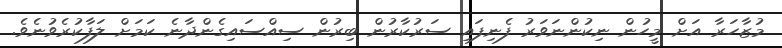
މުޒާހަރާ އަށް މީހުން ނިކުންނަވަރު ފެނިފައި ސަރުކާރުން ބިރުން ސިއްސައިގެންދާނެ ކަމަށް ލަފާކުރެވުނެވެ.